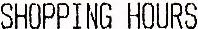
SHOPPING HOURS